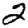
Digit: 2